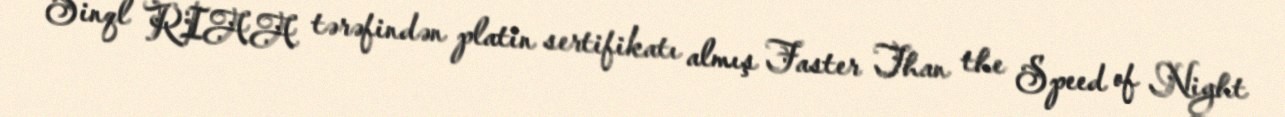
Sinql RIAA tərəfindən platin sertifikatı almış Faster Than the Speed of Night